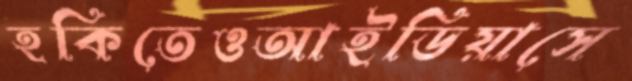
হকিতেওআইডিয়াসে